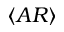
\langle A R \rangle